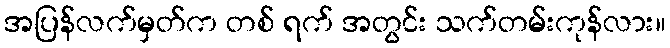
အပြန်လက်မှတ်က တစ် ရက် အတွင်း သက်တမ်းကုန်လား။